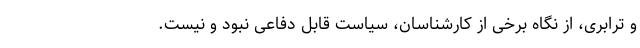
و ترابری، از نگاه برخی از کارشناسان، سیاست قابل دفاعی نبود و نیست.